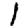
Digit: 1